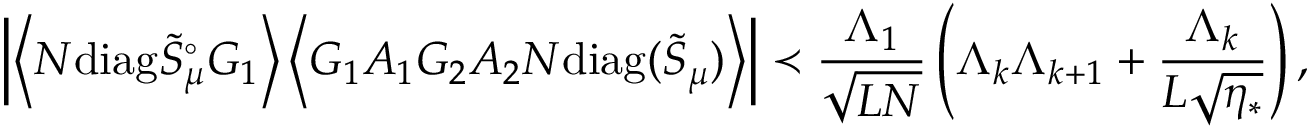
\left| \left\langle { N \mathrm { d i a g } \tilde { S } _ { \mu } ^ { \circ } G _ { 1 } } \right\rangle \left\langle { G _ { 1 } A _ { 1 } G _ { 2 } A _ { 2 } N \mathrm { d i a g } ( \tilde { S } _ { \mu } ) } \right\rangle \right| \prec \frac { \Lambda _ { 1 } } { \sqrt { L N } } \left( \Lambda _ { k } \Lambda _ { k + 1 } + \frac { \Lambda _ { k } } { L \sqrt { \eta _ { * } } } \right) ,